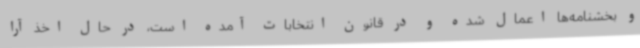
و بخشنامه‌ها اعمال شده و در قانون انتخابات آمده است، در حال اخذ آرا